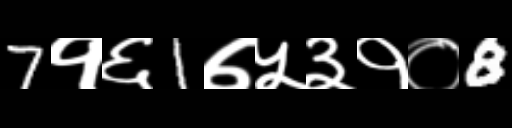
Text: 7१६1७५३१०8